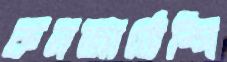
কনজার্ভেন্সি